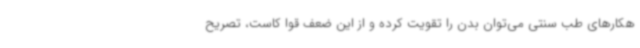
هکارهای طب سنتی می‌توان بدن را تقویت کرده و از این ضعف قوا کاست، تصریح